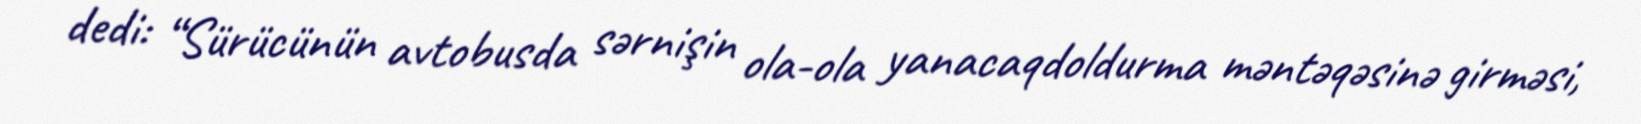
dedi: “Sürücünün avtobusda sərnişin ola-ola yanacaqdoldurma məntəqəsinə girməsi,